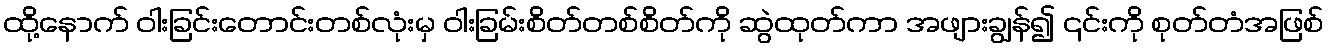
ထို့နောက် ဝါးခြင်းတောင်းတစ်လုံးမှ ဝါးခြမ်းစိတ်တစ်စိတ်ကို ဆွဲထုတ်ကာ အဖျားချွန်၍ ၎င်းကို စုတ်တံအဖြစ်